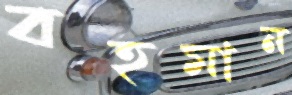
বহমান